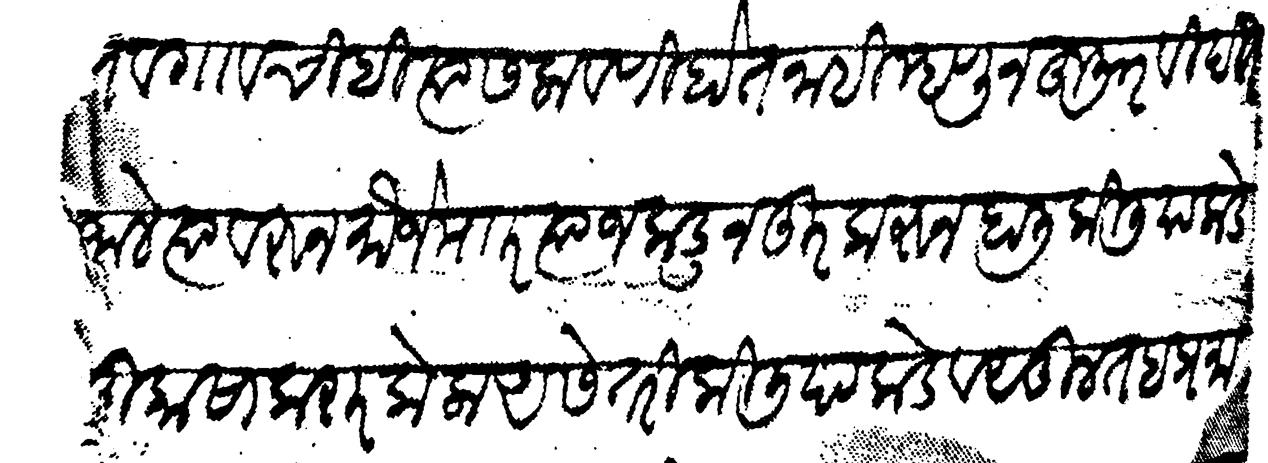
Transliteration (Devanagari): नाहीत व गावचीही त्यास लावणी होत नाही म्हणुन हुजूर विदित जाले त्यावरून मौजे म र त्याज कडून दूर करून हालि किलियाकडे मुकासा करार केला असे तरी किलियाकडे वसूल तह प्रमाणे